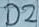
Text: D2